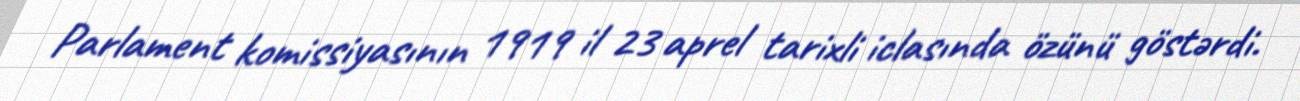
Parlament komissiyasının 1919 il 23 aprel tarixli iclasında özünü göstərdi.